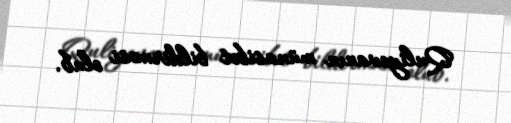
Quliyevanın münasibət bildirməsi olub.